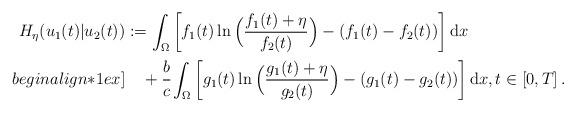
LaTeX: \begin{align*}H_\eta(u_1(t)|u_2(t))&:=\int_\Omega \bigg[f_1(t)\ln\Big(\frac{f_1(t)+\eta}{f_2(t)}\Big)-(f_1(t)-f_2(t))\bigg]\,\mathrm{d}x\\begin{align*}1ex]&\quad+ \cfrac{b }{c}\int_\Omega\bigg[g_1(t)\ln\Big(\frac{g_1(t)+\eta}{g_2(t)}\Big)-(g_1(t)-g_2(t))\bigg]\,\mathrm{d}x, t\in[0,T]\,.\end{align*}